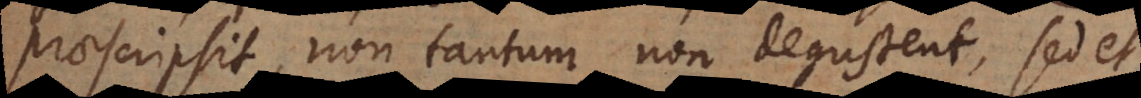
praescripsit, non tantum non degustent, sed et